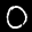
Label: 0